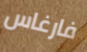
فارغاس